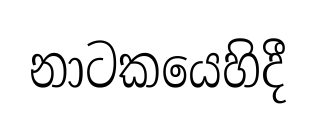
නාටකයෙහිදී